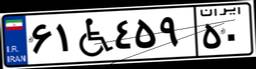
۶۱W۴۵۹۵۰